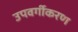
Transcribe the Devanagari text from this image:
उपवर्गीकरण